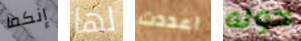
إنكما لها اعددت حوله